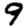
Digit: 9